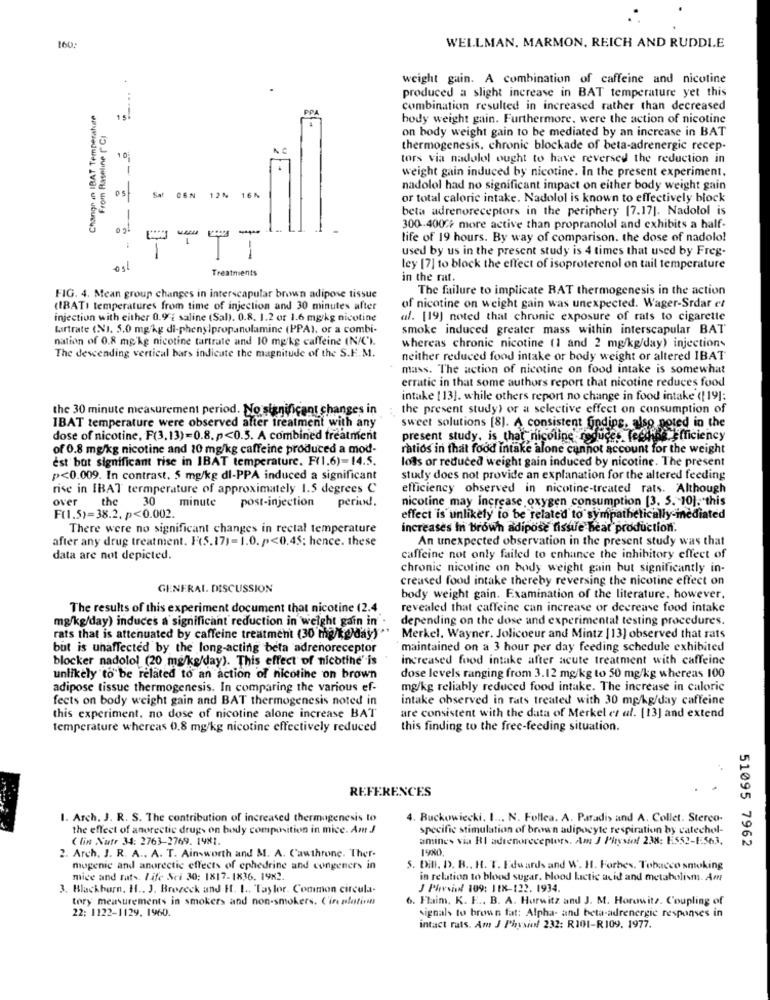
WELLMAN, MARMON, REICH AND RUDDIE
160;
weight gain. A combination of caffeine and nicotine
produced a slight increase in BAT temperature yet this
hangr in IBAT Temperahate
combination resulted in increased rather than decreased
15
body weight gain. Furthermore, were the action of nicotine
From Baseline ( C)
on body weight gain to be mediated by an increase in BAT
thermogenesis, chronic blockade of beta-adrenergic recep-
tors via nadolol ought to have reversed the reduction in
weight gain induced by nicotine. In the present experiment.
nadolol had no significant impact on either body weight gain
Sat
CEN
12₦
16%
or total calorie intake. Nadolol is known to effectively block
beta adrenoreceptors in the periphery [7.17]. Nadolol is
02
-
300-400℃ more active than propranolol and exhibits a half-
life of 19 hours. By way of comparison. the dose of nadolo!
1
1
used by us in the present study is 4 times that used by Freg-
Treatments
ley [7] to block the effect of isoproterenol on tail temperature
in the rat.
The failure to implicate RAT thermogenesis in the action
FIG. 4. Mean group changes in interscapular brown adipose tissue
(IBATI temperatures from time of injection and 30 minutes after
of nicotine on weight gain was unexpected. Wager-Srdar et
injection with either 0.9 : saline (Sal). 0.8. 1.2 or 1.6 mg/kg nicotine
al. [19] noted that chronic exposure of rats to cigarette
tartrate (NJ, 5.0 mg/kg di-phenylpropanolamine (PPAI, or a combi-
smoke induced greater mass within interscapular BAT
nation of 0.8 mg/kg nicotine tartrate and 10 mg/kg caffeine (N/C').
whereas chronic nicotine (1 and 2 mg/kg/day) injections
The descending vertical bars indicate the magnitude of the S.F.M.
neither reduced food intake or body weight or altered IBAT
mass. The action of nicotine on food intake is somewhat
erratic in that some authors report that nicotine reduces food
intake [ 13]. while others report no change in food intake ([ 19]:
the 30 minute measurement period. No significant changes in ; the present study) or a selective effect on consumption of
IBAT temperature were observed after treatment with any
sweet solutions [8]. A consistent Ondins, also noted in the
dose of nicotine, F(3,13)=0.8.p<0.5. A combined treatment
present study. is that nicoline reduce. tecdrog Efficiency
of 0.8 mg/kg nicotine and 20 mg/kg caffeine produced a mod-
ratios in that food intake alone cannot account for the weight
est bot significant rise in IBAT temperature. F(1.6)=14.5.
loss or reduced weight gain induced by nicotine. The present
p<0.009. In contrast, 5 mg/kg dl-PPA induced a significant
study does not provide an explanation for the altered feeding
rise in IBAT termperature of approximately 1.5 degrees C
efficiency observed in nicotine-treated rats. Although
over
the 30
minute
post-injection
nicotine may increase oxygen consumption [3. 5. 10], this
period.
F(1.5)=38.2. p<0.002.
effect is unlikely to be related to sympathetically-inediated
There were no significant changes in rectal temperature
increases In brown adipose tissue beat production.
after any drug treatment. F(5.171=1.0. p<0.45; hence. these
An unexpected observation in the present study was that
data are not depicted.
caffeine not only failed to enhance the inhibitory effect of
chronic nicotine on body weight gain but significantly in-
creased food intake thereby reversing the nicotine effect on
GENERAL DISCUSSION
body weight gain. Examination of the literature, however,
The results of this experiment document that nicotine (2.4
revealed that caffeine can increase or decrease food intake
mg/kg/day) induces a significant reduction in weight gain in
depending on the dose and experimental testing procedures.
rats that is attenuated by caffeine treatment (30 mg/kg)day)*
Merkel. Wayner. Jolicoeur and Mintz [ 13] observed that rats
but is unaffected by the long-acting beta adrenoreceptor
maintained on a 3 hour per day feeding schedule exhibited
blocker nadolol (20 mg/kg/day). This effect of nicotine' is
increased food intake after acute treatment with caffeine
unlikely to be related to an action of nicotine on brown
dose levels ranging from 3.12 mg/kg to 50 mg/kg whereas 100
adipose tissue thermogenesis. In comparing the various ef-
mg/kg reliably reduced food intake. The increase in caloric
fects on body weight gain and BAT thermogenesis noted in
intake observed in rats treated with 30 mg/kg/day caffeine
this experiment, no dose of nicotine alone increase BAT
are consistent with the data of Merkel et al. [13] and extend
temperature whereas 0.8 mg/kg nicotine effectively reduced
this finding to the free-feeding situation.
REFERENCES
1. Arch. J. R. S. The contribution of increased thermogenesis lo
4. Buckowiecki, I ... N. Follea. A. Paradis and A. Collet. Stereo-
the effect of anorectic drugs on body composition in mice. Am J
specific stimulation of brown adipocyte respiration by catechol-
Clin Nutr 34: 2763-2769. 1981.
amines via RI adrenoreceptors. Am J Physiof 238: E552-1:563.
51095 7962
1980.
2. Arch. J. R. A .. A. T. Ainsworth and M. A. Cawthrone. Ther.
mugenic and anorectic effects of ephedrine and congeners in
5. Dill. D. B ., H. T. Edwards and W. H. Forbes, Tobacco smoking
mice and rats. Life Sci 30: 1817-1836. 1982.
in relation to blood sugar, blood Lactic acid and metabolism. Am
3. Blackburn, H ., J. Brozeck and H. I .. Taylor. Common circula-
J Pheeviol 109: 118-122. 1934.
tory measurements in smokers and non-smokers. C'in plufirm
6. Flaim. K. E ., B. A. Hurwitz and J. M. Horowitz. Coupling of
22: 1122-1129. 1960.
signals to brown fat: Alpha- and beta-adrenergic responses in
intact rats. Am J Physiol 232: R101-R109. 1977.